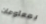
بمعلومات